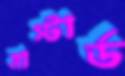
মাস্টার্ড